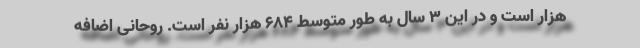
هزار است و در این 3 سال به طور متوسط 684 هزار نفر است. روحانی اضافه